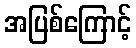
အပြစ်ကြောင့်